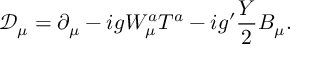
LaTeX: \mathcal { D } _ { \mu } = \partial _ { \mu } - i g W _ { \mu } ^ { a } T ^ { a } - i g ^ { \prime } \frac { Y } { 2 } B _ { \mu } .